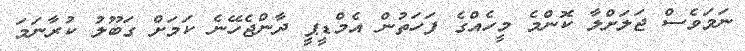
ނަމަވެސް ޖަލަށްލާ ކޮންމެ މީހެއްގެ ފަހަތުން އެމްޑީޕީ ދާންޖެހޭނެ ކަމަށް ގަބޫލު ކުރާނަމަ